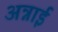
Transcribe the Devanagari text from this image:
अन्नाई